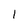
Character: 1